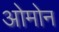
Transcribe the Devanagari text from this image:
ओमोन